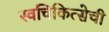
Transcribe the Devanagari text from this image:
स्वचिकित्सेची